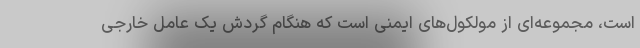
است، مجموعه‌ای از مولکول‌های ایمنی است که هنگام گردش یک عامل خارجی